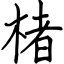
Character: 楮